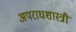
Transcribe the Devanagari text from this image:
अपराधशास्त्री